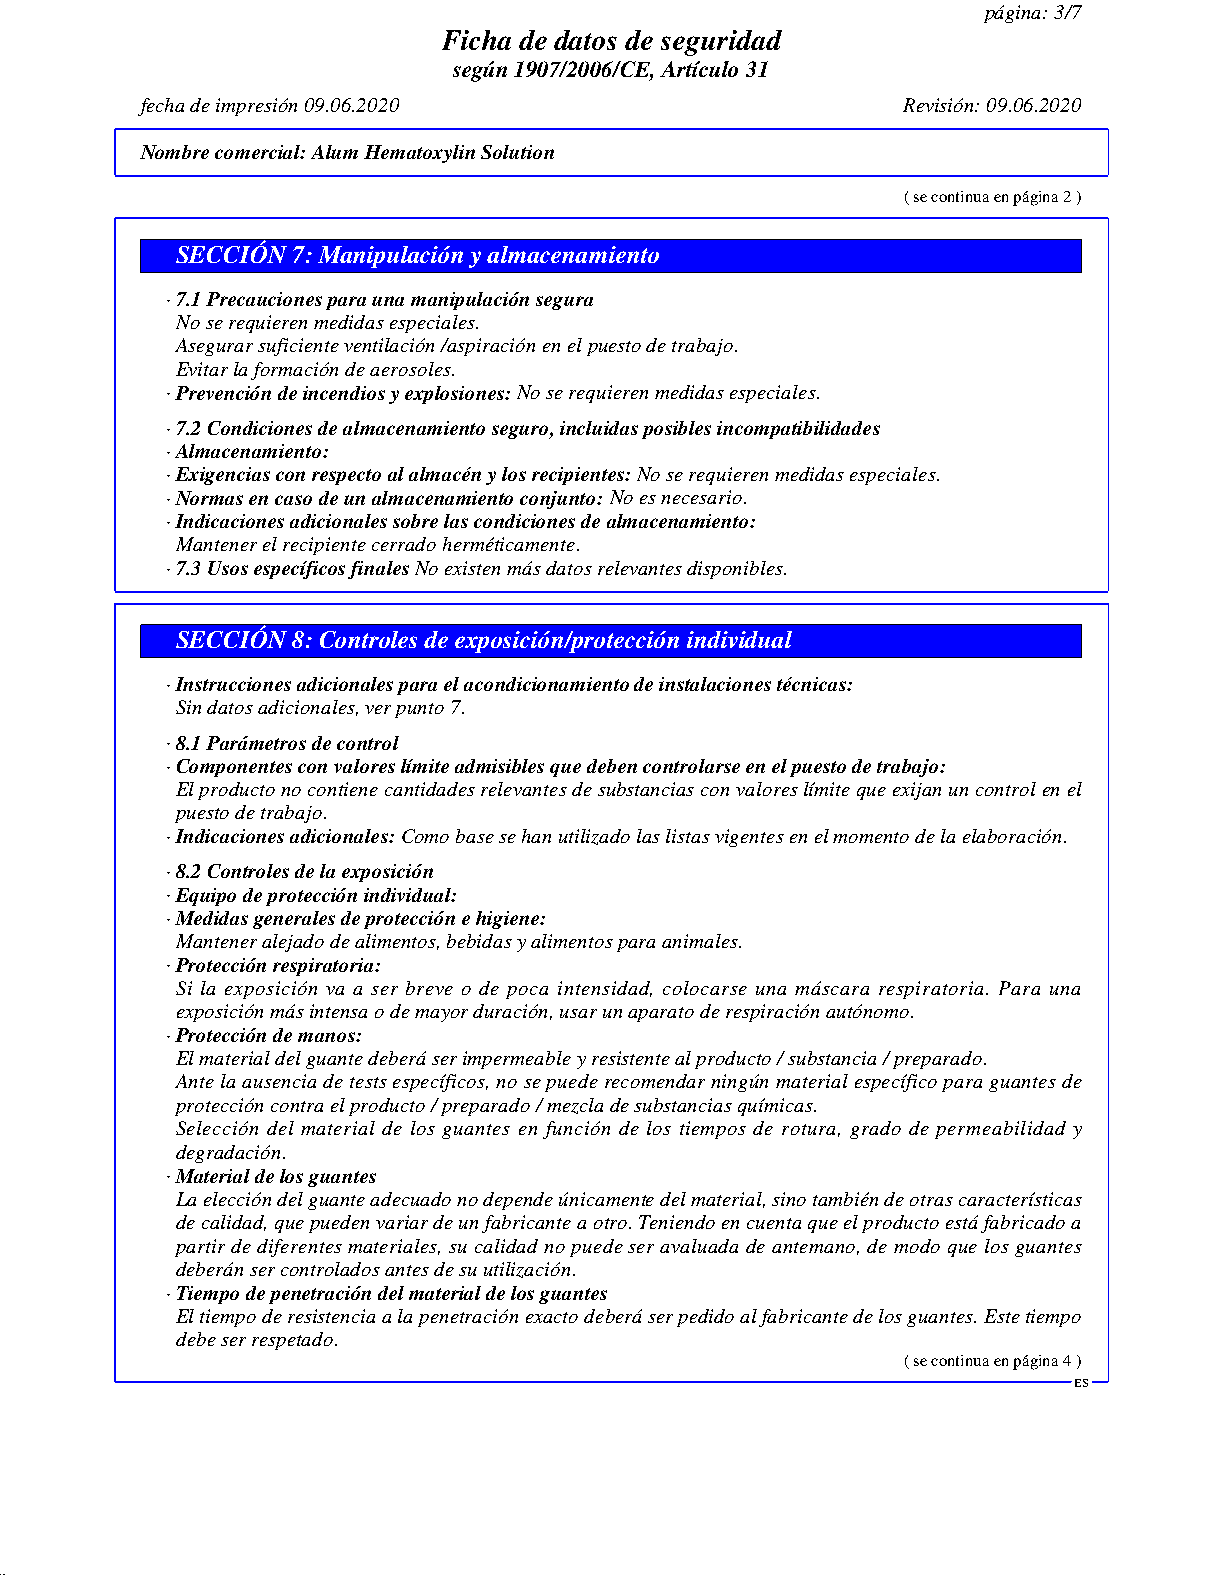
página: 3/7
 Ficha de datos de seguridad
 según 1907/2006/CE, Artículo 31
 fecha de impresión 09.06.2020                      Revisión: 09.06.2020
 Nombre comercial:Alum Hematoxylin Solution
 ( se continua en página 2 )
 SECCIÓN 7: Manipulación y almacenamiento
 · 7.1 Precauciones para una manipulación segura
 No se requieren medidas especiales.
 Asegurar suficiente ventilación /aspiración en el puesto de trabajo.
 Evitar la formación de aerosoles.
 · Prevención de incendios y explosiones:No se requieren medidas especiales.
 · 7.2 Condiciones de almacenamiento seguro, incluidas posibles incompatibilidades
 · Almacenamiento:
 · Exigencias con respecto al almacén y los recipientes:No se requieren medidas especiales.
 · Normas en caso de un almacenamiento conjunto:No es necesario.
 · Indicaciones adicionales sobre las condiciones de almacenamiento:
 Mantener el recipiente cerrado herméticamente.
 · 7.3 Usos específicos finalesNo existen más datos relevantes disponibles.
 SECCIÓN 8: Controles de exposición/protección individual
 · Instrucciones adicionales para el acondicionamiento de instalaciones técnicas:
 Sin datos adicionales, ver punto 7.
 · 8.1 Parámetros de control
 · Componentes con valores límite admisibles que deben controlarse en el puesto de trabajo:
 El producto no contiene cantidades relevantes de substancias con valores límite que exijan un control en el
 puesto de trabajo.
 · Indicaciones adicionales:Como base se han utilizado las listas vigentes en el momento de la elaboración.
 · 8.2 Controles de la exposición
 · Equipo de protección individual:
 · Medidas generales de protección e higiene:
 Mantener alejado de alimentos, bebidas y alimentos para animales.
 · Protección respiratoria:
 Si la exposición va a ser breve o de poca intensidad, colocarse una máscara respiratoria. Para una
 exposición más intensa o de mayor duración, usar un aparato de respiración autónomo.
 · Protección de manos:
 El material del guante deberá ser impermeable y resistente al producto / substancia / preparado.
 Ante la ausencia de tests específicos, no se puede recomendar ningún material específico para guantes de
 protección contra el producto / preparado / mezcla de substancias químicas.
 Selección del material de los guantes en función de los tiempos de rotura, grado de permeabilidad y
 degradación.
 · Material de los guantes
 La elección del guante adecuado no depende únicamente del material, sino también de otras características
 de calidad, que pueden variar de un fabricante a otro. Teniendo en cuenta que el producto está fabricado a
 partir de diferentes materiales, su calidad no puede ser avaluada de antemano, de modo que los guantes
 deberán ser controlados antes de su utilización.
 · Tiempo de penetración del material de los guantes
 El tiempo de resistencia a la penetración exacto deberá ser pedido al fabricante de los guantes. Este tiempo
 debe ser respetado.
 ( se continua en página 4 )
 ES
 51.0.2